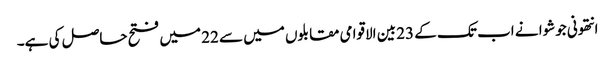
انتھونی جوشوا نے اب تک کے 23 بین الاقوامی مقابلوں میں سے 22 میں فتح حاصل کی ہے۔